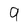
Character: 9